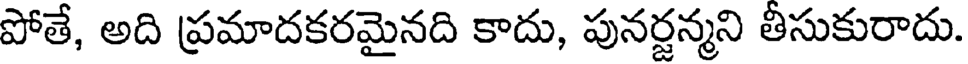
పోతే, అది ప్రమాదకరమైనది కాదు, పునర్జన్మని తీసుకురాదు.